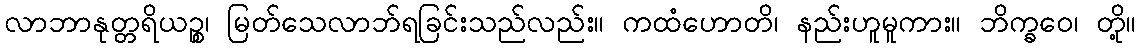
လာဘာနုတ္တရိယဉ္စ၊ မြတ်သေလာဘ်ရခြင်းသည်လည်း။ ကထံဟောတိ၊ နည်းဟူမူကား။ ဘိက္ခဝေ၊ တို့။